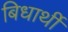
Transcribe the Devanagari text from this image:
बिधार्थी